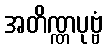
အတိဏ္ဏပုဗ္ဗံ